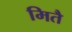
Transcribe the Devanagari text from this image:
मितै